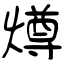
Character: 燇